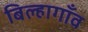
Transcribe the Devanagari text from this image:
बिल्हागाँव